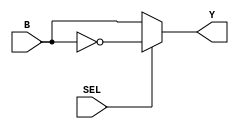
module B_SELECT_MUX(B, SEL, Y);
	
	input B;
	input SEL;
	output Y;

	assign Y = (SEL == 1'b0) ? B : ~B;

endmodule